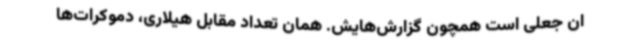
ان جعلی است همچون گزارش‌هایش. همان تعداد مقابل هیلاری، دموکرات‌ها